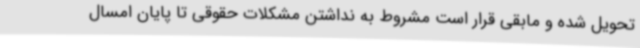
تحویل شده و مابقی قرار است مشروط به نداشتن مشکلات حقوقی تا پایان امسال